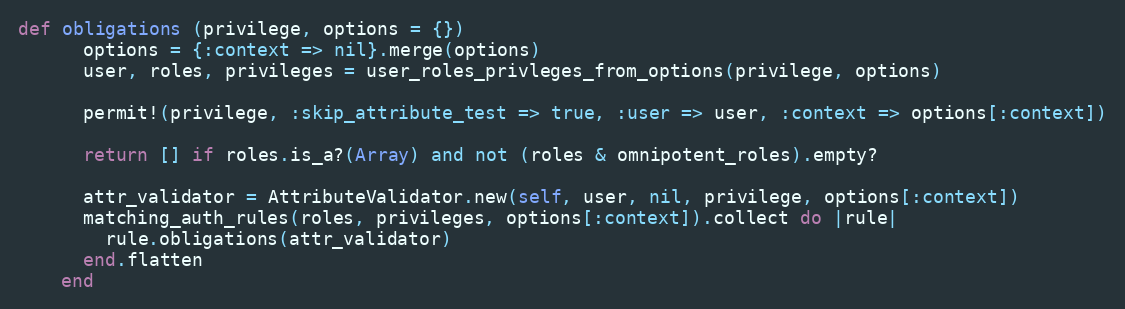
Language: Ruby
def obligations (privilege, options = {})
      options = {:context => nil}.merge(options)
      user, roles, privileges = user_roles_privleges_from_options(privilege, options)

      permit!(privilege, :skip_attribute_test => true, :user => user, :context => options[:context])

      return [] if roles.is_a?(Array) and not (roles & omnipotent_roles).empty?

      attr_validator = AttributeValidator.new(self, user, nil, privilege, options[:context])
      matching_auth_rules(roles, privileges, options[:context]).collect do |rule|
        rule.obligations(attr_validator)
      end.flatten
    end